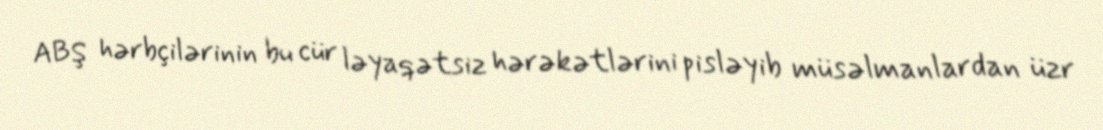
ABŞ hərbçilərinin bu cür ləyaqətsiz hərəkətlərini pisləyib müsəlmanlardan üzr